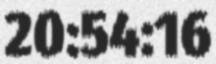
20:54:16